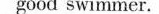
good swimmer.